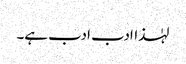
لہٰذاادب ادب ہے۔